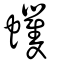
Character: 蠼